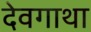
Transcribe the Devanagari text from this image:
देवगाथा